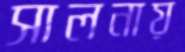
সালনায়